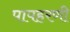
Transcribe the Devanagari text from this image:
पापहरणी